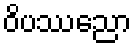
ဝိပဿညော